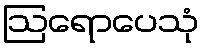
ဩရောပေသုံ